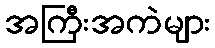
အကြီးအကဲများ